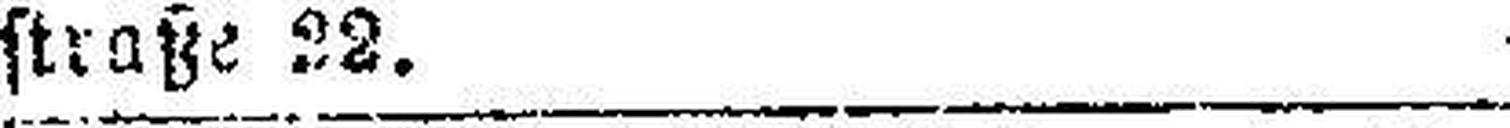
straße 32. 44327—4